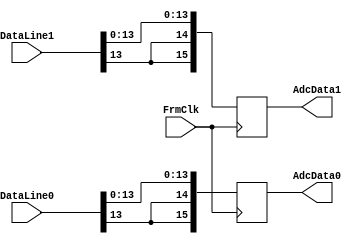
`timescale 1ns / 1ps
//////////////////////////////////////////////////////////////////////////////////
// Company: 
// Engineer: 
// 
// Design Name: 
// Module Name: AdcSwap
// Project Name: 
// Target Devices: 
// Tool Versions: 
// Description: 
// 
// Dependencies: 
// 
// Revision:
// Revision 0.01 - File Created
// Additional Comments:
// 
//////////////////////////////////////////////////////////////////////////////////

module AdcSwap #(
    parameter AdcBits = 14,
    parameter AdcBitOrByteMode = 1, // 1 = BIT mode, 0 = BYTE mode
    parameter AdcMsbOrLsbFst = 1, // 1 = MSB first, 0 = LSB first
    parameter AdcWireMode = 1 // 1 = 1-wire, 2 = 2-wire
)
(
    input FrmClk,
    
    input [15:0] DataLine0,
    input [15:0] DataLine1,
    
    output reg [15:0] AdcData0,
    output reg [15:0] AdcData1
    
);

    wire [15:0] D0 = DataLine0;
    wire [15:0] D1 = DataLine1;

generate

if (AdcBits == 16) begin

    wire [15:0] AdcData0x16;
    wire [15:0] AdcData1x16;

end else if (AdcBits == 14) begin

    wire [13:0] AdcData0x14;
    wire [13:0] AdcData1x14;

    if (AdcWireMode == 1) begin

        if (AdcMsbOrLsbFst == 1) begin
            
            // if (AdcBitOrByteMode == 1) begin
                assign AdcData0x14 = D0[13:0];
                assign AdcData1x14 = D1[13:0];
            // end else if (AdcBitOrByteMode == 0) begin

            // end
        end else if (AdcMsbOrLsbFst == 0) begin

            // if (AdcBitOrByteMode == 1) begin
                assign AdcData0x14 = {D0[0], D0[1], D0[2], D0[3], D0[4], D0[5], D0[6], D0[7], D0[8], D0[9], D0[10], D0[11], D0[12], D0[13]};
                assign AdcData1x14 = {D1[0], D1[1], D1[2], D1[3], D1[4], D1[5], D1[6], D1[7], D1[8], D1[9], D1[10], D1[11], D1[12], D1[13]};
            // end else if (AdcBitOrByteMode == 0) begin
                
            // end
        end
    end else if (AdcWireMode == 2) begin

        if (AdcMsbOrLsbFst == 1) begin

            if (AdcBitOrByteMode == 1) begin
            // MSB first
            // Bit Mode
            // Bit          : 6,   5,   4,  3,  2,  1,  0
            // Channel 0    : D12, D10, D8, D6, D4, D2, D0
            // Channel 1    : D13, D11, D9, D7, D5, D3, D1
            assign AdcData0x14 = {D1[6+7], D0[6+7], D1[5+7], D0[5+7], D1[4+7], D0[4+7], D1[3+7], D0[3+7], D1[2+7], D0[2+7], D1[1+7], D0[1+7], D1[0+7], D0[0+7]};
            assign AdcData1x14 = {D1[6], D0[6], D1[5], D0[5], D1[4], D0[4], D1[3], D0[3], D1[2], D0[2], D1[1], D0[1], D1[0], D0[0]};
            end else if (AdcBitOrByteMode == 0) begin
            // Byte Mode
            // Byte Mode, MSB First, 14-bits
            // Data Bit     : 6,   5,   4,   3,   2,   1,  0,
            // Channel 0    : D6,  D5,  D4,  D3,  D2,  D1, D0,
            // Channel 1    : D13, D12, D11, D10, D9,  D8, D7,
            assign AdcData0x14 = {D1[6+7:0+7], D0[6+7:0+7]};
            assign AdcData1x14 = {D1[6:0], D0[6:0]};
            end
        end else if (AdcMsbOrLsbFst == 0) begin

            if (AdcBitOrByteMode == 1) begin
            // Bit Mode
            // Bit mode, LSB First, 14-bits
            // Data Bit     ; 6,  5,  4,  3,  2,   1,   0
            // Channel 0    : D0, D2, D4, D6, D8, D10, D12,
            // Channel 1    : D1, D3, D5, D7, D9, D11, D13,
            assign AdcData0x14 = {D1[0+7], D0[0+7], D1[1+7], D0[1+7], D1[2+7], D0[2+7], D1[3+7], D0[3+7], D1[4+7], D0[4+7], D1[5+7], D0[5+7], D1[6+7], D0[6+7]};
            assign AdcData1x14 = {D1[0], D0[0], D1[1], D0[1], D1[2], D0[2], D1[3], D0[3], D1[4], D0[4], D1[5], D0[5], D1[6], D0[6]};
            end else if (AdcBitOrByteMode == 0) begin
            // Byte Mode
            // Byte Mode, LSB First, 14-bits
            // Data Bit     : 6,  5,   4,   3,   2,   1,   0
            // Channel 0    : D0, D1, D2,  D3,  D4,  D5,  D6,
            // Channel 1    : D7, D8, D9,  D10, D11, D12, D13,
            assign AdcData0x14 = {D1[0+7], D1[1+7], D1[2+7], D1[3+7], D1[4+7], D1[5+7], D1[6+7], D0[0+7], D0[1+7], D0[2+7], D0[3+7], D0[4+7], D0[5+7], D0[6+7]};
            assign AdcData1x14 = {D1[0], D1[1], D1[2], D1[3], D1[4], D1[5], D1[6], D0[0], D0[1], D0[2], D0[3], D0[4], D0[5], D0[6]};
            end
        end
    end

    always @(posedge FrmClk) begin
        AdcData0 <= {{2{AdcData0x14[13]}}, AdcData0x14};
        AdcData1 <= {{2{AdcData1x14[13]}}, AdcData1x14};
    end

end else if (AdcBits == 12) begin

    wire [11:0] AdcData0x12;
    wire [11:0] AdcData1x12;

    if (AdcWireMode == 1) begin

        if (AdcMsbOrLsbFst == 1) begin
            
            // if (AdcBitOrByteMode == 1) begin
                assign AdcData0x12 = D0[11:0];
                assign AdcData1x12 = D1[11:0];
            // end else if (AdcBitOrByteMode == 0) begin

            // end
        end else if (AdcMsbOrLsbFst == 0) begin

            // if (AdcBitOrByteMode == 1) begin
                assign AdcData0x12 = {D0[0], D0[1], D0[2], D0[3], D0[4], D0[5], D0[6], D0[7], D0[8], D0[9], D0[10], D0[11]};
                assign AdcData1x12 = {D1[0], D1[1], D1[2], D1[3], D1[4], D1[5], D1[6], D1[7], D1[8], D1[9], D1[10], D1[11]};
            // end else if (AdcBitOrByteMode == 0) begin
                
            // end
        end
    end else if (AdcWireMode == 2) begin

        if (AdcMsbOrLsbFst == 1) begin

            if (AdcBitOrByteMode == 1) begin
            // MSB first
            // Bit Mode
            // Bit          : 5,   4,  3,  2,  1,  0
            // Channel 0    : D10, D8, D6, D4, D2, D0
            // Channel 1    : D11, D9, D7, D5, D3, D1
            assign AdcData0x12 = {D1[5+6], D0[5+6], D1[4+6], D0[4+6], D1[3+6], D0[3+6], D1[2+6], D0[2+6], D1[1+6], D0[1+6], D1[0+6], D0[0+6]};
            assign AdcData1x12 = {D1[5], D0[5], D1[4], D0[4], D1[3], D0[3], D1[2], D0[2], D1[1], D0[1], D1[0], D0[0]};
            end else if (AdcBitOrByteMode == 0) begin
            // Byte Mode
            // Byte Mode, MSB First, 12-bits
            // Data Bit     : 5,   4,   3,   2,   1,   0,
            // Channel 0    : D5,  D4,  D3,  D2,  D1,  D0,
            // Channel 1    : D11, D10, D9,  D8,  D7,  D6,  
            assign AdcData0x12 = {D1[5+6:0+6], D0[5+6:0+6]};
            assign AdcData1x12 = {D1[5:0], D0[5:0]};
            end
        end else if (AdcMsbOrLsbFst == 0) begin

            if (AdcBitOrByteMode == 1) begin
            // Bit Mode
            // Bit mode, LSB First, 12-bits
            // Data Bit     ; 5,  4,  3,  2,   1,   0
            // Channel 0    : D0, D2, D4, D6, D8, D10,
            // Channel 1    : D1, D3, D5, D7, D9, D11,
            assign AdcData0x12 = {D1[0+6], D0[0+6], D1[1+6], D0[1+6], D1[2+6], D0[2+6], D1[3+6], D0[3+6], D1[4+6], D0[4+6], D1[5+6], D0[5+6]};
            assign AdcData1x12 = {D1[0], D0[0], D1[1], D0[1], D1[2], D0[2], D1[3], D0[3], D1[4], D0[4], D1[5], D0[5]};
            end else if (AdcBitOrByteMode == 0) begin
            // Byte Mode
            // Byte Mode, LSB First, 12-bits
            // Data Bit     : 5,   4,   3,   2,   1,   0
            // Channel 0    : D0, D1, D2,  D3,  D4,  D5,
            // Channel 1    : D6, D7, D8,  D9,  D10, D11,
            assign AdcData0x12 = {D1[0+6], D1[1+6], D1[2+6], D1[3+6], D1[4+6], D1[5+6], D0[0+6], D0[1+6], D0[2+6], D0[3+6], D0[4+6], D0[5+6]};
            assign AdcData1x12 = {D1[0], D1[1], D1[2], D1[3], D1[4], D1[5], D0[0], D0[1], D0[2], D0[3], D0[4], D0[5]};
            end
        end
    end

    always @(posedge FrmClk) begin
        AdcData0 <= {{4{AdcData0x12[11]}}, AdcData0x12};
        AdcData1 <= {{4{AdcData1x12[11]}}, AdcData1x12};
    end

end else if (AdcBits == 10) begin

    wire [9:0] AdcData0x10;
    wire [9:0] AdcData1x10;

    if (AdcWireMode == 1) begin

        if (AdcMsbOrLsbFst == 1) begin
            
            // if (AdcBitOrByteMode == 1) begin
                assign AdcData0x10 = D0[9:0];
                assign AdcData1x10 = D1[9:0];
            // end else if (AdcBitOrByteMode == 0) begin

            // end
        end else if (AdcMsbOrLsbFst == 0) begin

            // if (AdcBitOrByteMode == 1) begin
                assign AdcData0x10 = {D0[0], D0[1], D0[2], D0[3], D0[4], D0[5], D0[6], D0[7], D0[8], D0[9]};
                assign AdcData1x10 = {D1[0], D1[1], D1[2], D1[3], D1[4], D1[5], D1[6], D1[7], D1[8], D1[9]};
            // end else if (AdcBitOrByteMode == 0) begin
                
            // end
        end
    end else if (AdcWireMode == 2) begin

        if (AdcMsbOrLsbFst == 1) begin

            if (AdcBitOrByteMode == 1) begin
            // MSB first
            // Bit Mode
            // Bit          : 4,  3,  2,  1,  0
            // Channel 0    : D8, D6, D4, D2, D0
            // Channel 1    : D9, D7, D5, D3, D1
            assign AdcData0x10 = {D1[4+5], D0[4+5], D1[3+5], D0[3+5], D1[2+5], D0[2+5], D1[1+5], D0[1+5], D1[0+5], D0[0+5]};
            assign AdcData1x10 = {D1[4], D0[4], D1[3], D0[3], D1[2], D0[2], D1[1], D0[1], D1[0], D0[0]};
            end else if (AdcBitOrByteMode == 0) begin
            // Byte Mode
            // Byte Mode, MSB First, 10-bits
            // Data Bit     : 4,   3,   2,   1,   0,
            // Channel 0    : D4,  D3,  D2,  D1,  D0,
            // Channel 1    : D9,  D8,  D7,  D6,  D5,  
            assign AdcData0x10 = {D1[4+5:0+5], D0[4+5:0+5]};
            assign AdcData1x10 = {D1[4:0], D0[4:0]};
            end
        end else if (AdcMsbOrLsbFst == 0) begin

            if (AdcBitOrByteMode == 1) begin
            // Bit Mode
            // Bit mode, LSB First, 10-bits
            // Data Bit     ; 4,  3,  2,   1,   0
            // Channel 0    : D0, D2, D4, D6, D8,
            // Channel 1    : D1, D3, D5, D7, D9,
            assign AdcData0x10 = {D1[0+5], D0[0+5], D1[1+5], D0[1+5], D1[2+5], D0[2+5], D1[3+5], D0[3+5], D1[4+5], D0[4+5]};
            assign AdcData1x10 = {D1[0], D0[0], D1[1], D0[1], D1[2], D0[2], D1[3], D0[3], D1[4], D0[4]};
            end else if (AdcBitOrByteMode == 0) begin
            // Byte Mode
            // Byte Mode, LSB First, 10-bits
            // Data Bit     : 4,  3,  2,   1,   0
            // Channel 0    : D0, D1, D2,  D3,  D4,  
            // Channel 1    : D5, D6, D7,  D8,  D9,
            assign AdcData0x10 = {D1[0+5], D1[1+5], D1[2+5], D1[3+5], D1[4+5], D0[0+5], D0[1+5], D0[2+5], D0[3+5], D0[4+5]};
            assign AdcData1x10 = {D1[0], D1[1], D1[2], D1[3], D1[4], D0[0], D0[1], D0[2], D0[3], D0[4]};
            end
        end
    end

    always @(posedge FrmClk) begin
        AdcData0 <= {{6{AdcData0x10[9]}}, AdcData0x10};
        AdcData1 <= {{6{AdcData1x10[9]}}, AdcData1x10};
    end

end else if (AdcBits == 8) begin

    wire [7:0] AdcData0x8;
    wire [7:0] AdcData1x8;

    if (AdcWireMode == 1) begin

        if (AdcMsbOrLsbFst == 1) begin
            
            // if (AdcBitOrByteMode == 1) begin
                assign AdcData0x8 = D0[7:0];
                assign AdcData1x8 = D1[7:0];
            // end else if (AdcBitOrByteMode == 0) begin

            // end
        end else if (AdcMsbOrLsbFst == 0) begin

            // if (AdcBitOrByteMode == 1) begin
                assign AdcData0x8 = {D0[0], D0[1], D0[2], D0[3], D0[4], D0[5], D0[6], D0[7]};
                assign AdcData1x8 = {D1[0], D1[1], D1[2], D1[3], D1[4], D1[5], D1[6], D1[7]};
            // end else if (AdcBitOrByteMode == 0) begin
                
            // end
        end
    end else if (AdcWireMode == 2) begin

        if (AdcMsbOrLsbFst == 1) begin

            if (AdcBitOrByteMode == 1) begin
            // MSB first
            // Bit Mode
            // Bit          : 3,  2,  1,  0
            // Channel 0    : D6, D4, D2, D0
            // Channel 1    : D7, D5, D3, D1
            assign AdcData0x8 = {D1[3+4], D0[3+4], D1[2+4], D0[2+4], D1[1+4], D0[1+4], D1[0+4], D0[0+4]};
            assign AdcData1x8 = {D1[3], D0[3], D1[2], D0[2], D1[1], D0[1], D1[0], D0[0]};
            end else if (AdcBitOrByteMode == 0) begin
            // Byte Mode
            // Byte Mode, MSB First, 8-bits
            // Data Bit     : 3,   2,   1,   0,
            // Channel 0    : D3,  D2,  D1,  D0,
            // Channel 1    : D7,  D6,  D5,  D4,  
            assign AdcData0x8 = {D1[3+4:0+4], D0[3+4:0+4]};
            assign AdcData1x8 = {D1[3:0], D0[3:0]};
            end
        end else if (AdcMsbOrLsbFst == 0) begin

            if (AdcBitOrByteMode == 1) begin
            // Bit Mode
            // Bit mode, LSB First, 8-bits
            // Data Bit     ; 3,  2,   1,   0
            // Channel 0    : D0, D2, D4, D6,
            // Channel 1    : D1, D3, D5, D7,
            assign AdcData0x8 = {D1[0+4], D0[0+4], D1[1+4], D0[1+4], D1[2+4], D0[2+4], D1[3+4], D0[3+4]};
            assign AdcData1x8 = {D1[0], D0[0], D1[1], D0[1], D1[2], D0[2], D1[3], D0[3]};
            end else if (AdcBitOrByteMode == 0) begin
            // Byte Mode
            // Byte Mode, LSB First, 8-bits
            // Data Bit     : 3,  2,  1,   0
            // Channel 0    : D0, D1, D2,  D3,
            // Channel 1    : D4, D5, D6,  D7,
            assign AdcData0x8 = {D1[0+4], D1[1+4], D1[2+4], D1[3+4], D0[0+4], D0[1+4], D0[2+4], D0[3+4]};
            assign AdcData1x8 = {D1[0], D1[1], D1[2], D1[3], D0[0], D0[1], D0[2], D0[3]};
            end
        end
    end

    always @(posedge FrmClk) begin
        AdcData0 <= {{8{AdcData0x8[7]}}, AdcData0x8};
        AdcData1 <= {{8{AdcData1x8[7]}}, AdcData1x8};
    end

end

endgenerate

endmodule